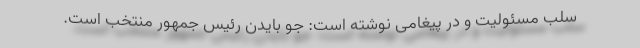
سلب مسئولیت و در پیغامی نوشته است: جو بایدن رئیس جمهور منتخب است.